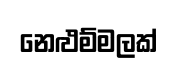
නෙළුම්මලක්